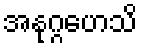
အနုဂ္ဂဟေသိ